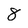
Character: 8